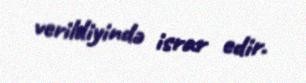
verildiyində israr edir.